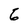
Character: 6